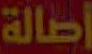
أصالة